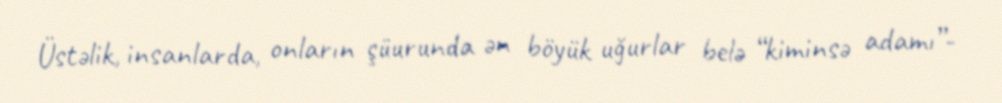
Üstəlik, insanlarda, onların şüurunda ən böyük uğurlar belə “kiminsə adamı”-